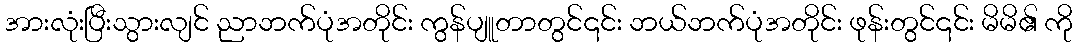
အားလုံးပြီးသွားလျင် ညာဘက်ပုံအတိုင်း ကွန်ပျူတာတွင်၎င်း ဘယ်ဘက်ပုံအတိုင်း ဖုန်းတွင်၎င်း မိမိ၏ ကို